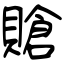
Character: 賶